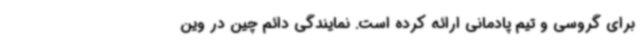
برای گروسی و تیم پادمانی ارائه کرده است. نمایندگی دائم چین در وین